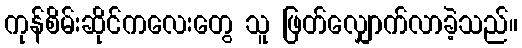
ကုန်စိမ်းဆိုင်ကလေးတွေ သူ ဖြတ်လျှောက်လာခဲ့သည်။